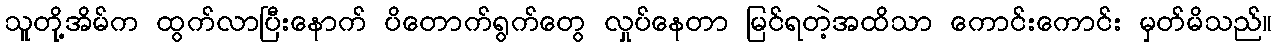
သူတို့အိမ်က ထွက်လာပြီးနောက် ပိတောက်ရွက်တွေ လှုပ်နေတာ မြင်ရတဲ့အထိသာ ကောင်းကောင်း မှတ်မိသည်။